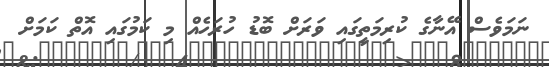
ނަމަވެސް އޭނާގެ ކުރިމަތީގައި ވަރަށް ބޮޑު ހުރަހެއް މި ކަމުގައި އޮތް ކަމަށް